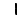
Digit: 1